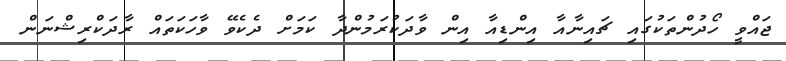
ޖައްވީ ހޯދުންތަކުގައި ޗައިނާއާ އިންޑިއާ އިން ވާދަކުރަމުންދާ ކަމަށް ދެކެވޭ ވާހަކަތައް ރާދަކްރިޝްނަން